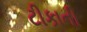
ટીકાની